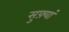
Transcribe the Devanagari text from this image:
सुफ़्यां